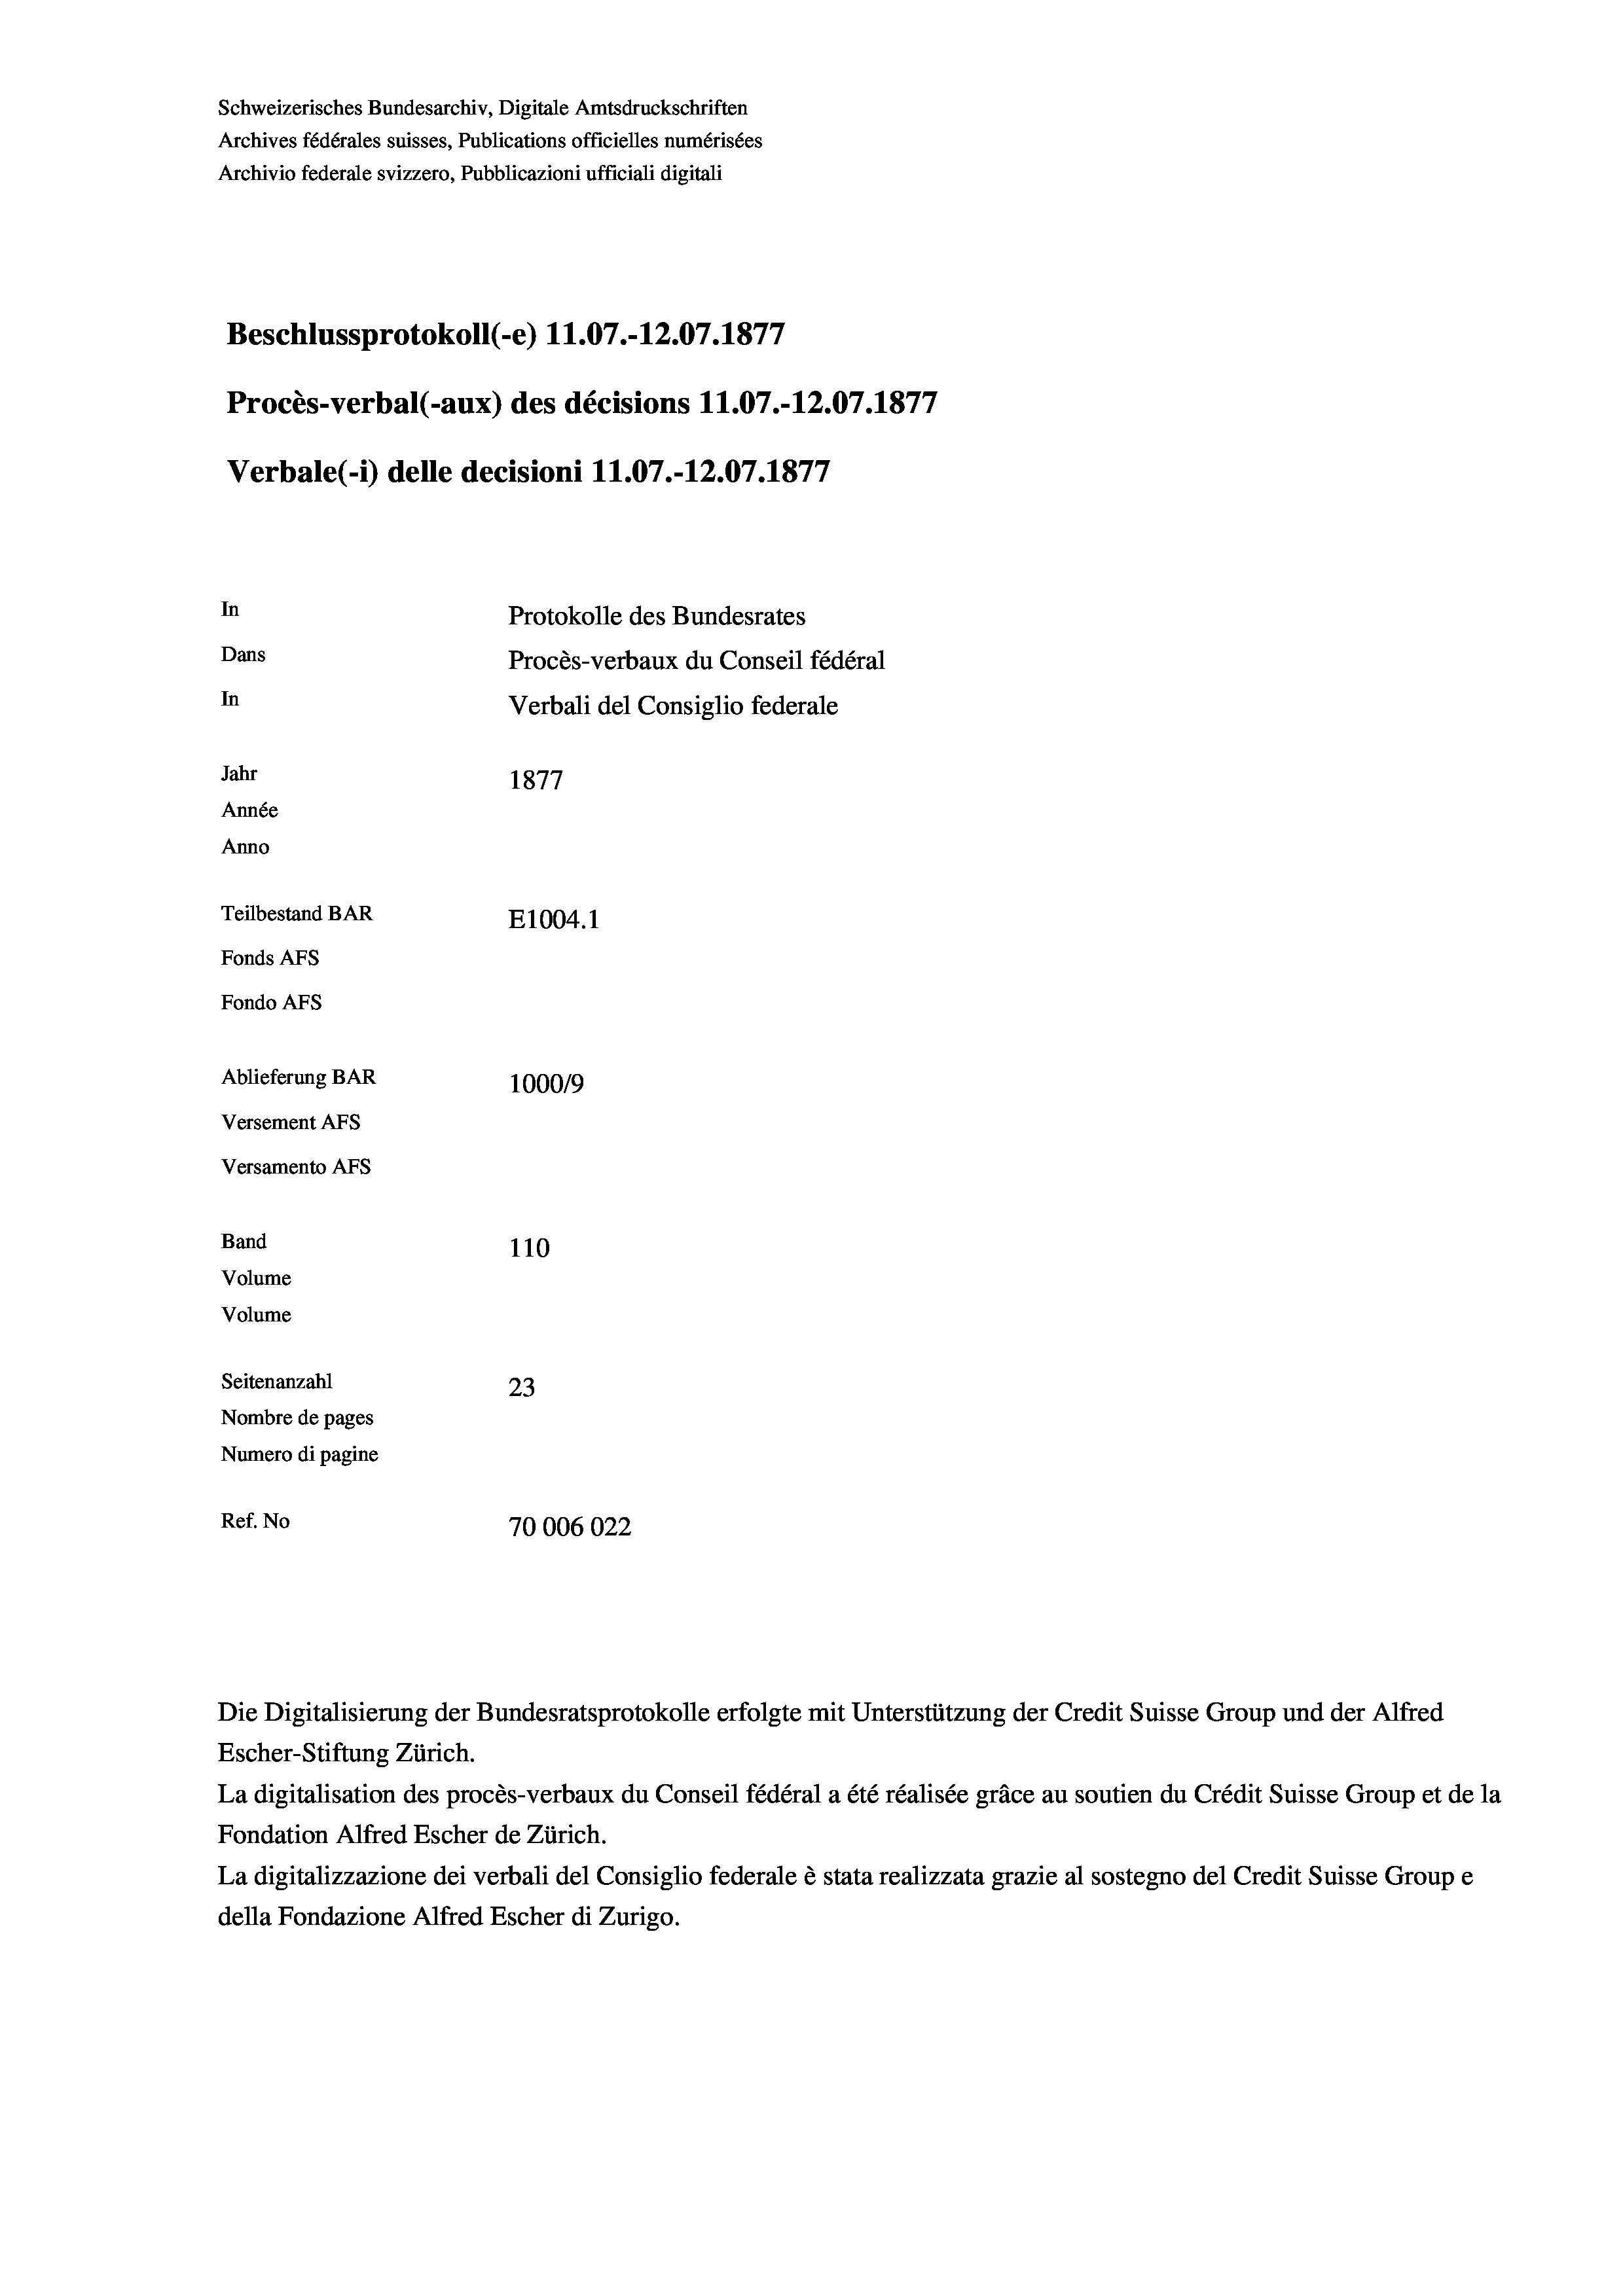
Schweizerisches Bundesarchiv, Digitale Amtsdruckschriften
Archives fédérales suisses, Publications officielles numérisées
Archivio federale svizzero, Pubblicazioni ufficiali digitali
Beschlussprotokoll (-e) 11.07.-12.07. 1877
Procès-verbal (-aux) des décisions 11.07.-12.07.1877
Verbale(- 1) delle decisioni 11.07.-12.07. 1877
In
Protokolle des Bundesrates
Dans
Procès-verbaux du Conseil fédéral
In
Verbali del Consiglio federale
Jahr
1877
Année
Anno
Teilbestand BAR
E1004.1
Fonds Afs
Fondo AFs
Ablieferung BAR
1000/9
Versement Abs
Versamento AFs
Band
110
Volume

Volume
Seitenanzahl
23
Nombre de pages
Numero di pagine
Ref. No
70006022

Escher-Stiftung Zürich.
La digitalisation des procès-verbaux du Conseil fédéral a été réalisée gräce au soutien du Crédit Suisse Group et de la
Fondation Alfred Escher de Zürich.
La digitalizzazione dei verbali del Consiglio federale è stata realizzata grazie al sostegno del Credit Suisse Groupe
della Fondazione Alfred Escher di Zurigo.

Die Digitalisierung der Bundesratsprotokolle erfolgte mit Unterstützung der Credit Suisse Group und der Alfred